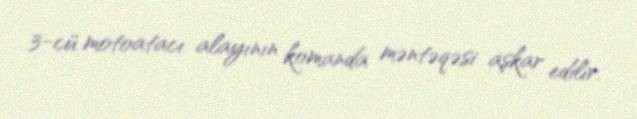
3-cü motoatacı alayının komanda məntəqəsi aşkar edilir.